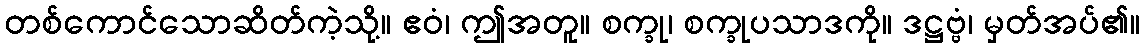
တစ်ကောင်သောဆိတ်ကဲ့သို့။ ဧဝံ၊ ဤအတူ။ စက္ခု၊ စက္ခုပသာဒကို။ ဒဋ္ဌဗ္ဗံ၊ မှတ်အပ်၏။